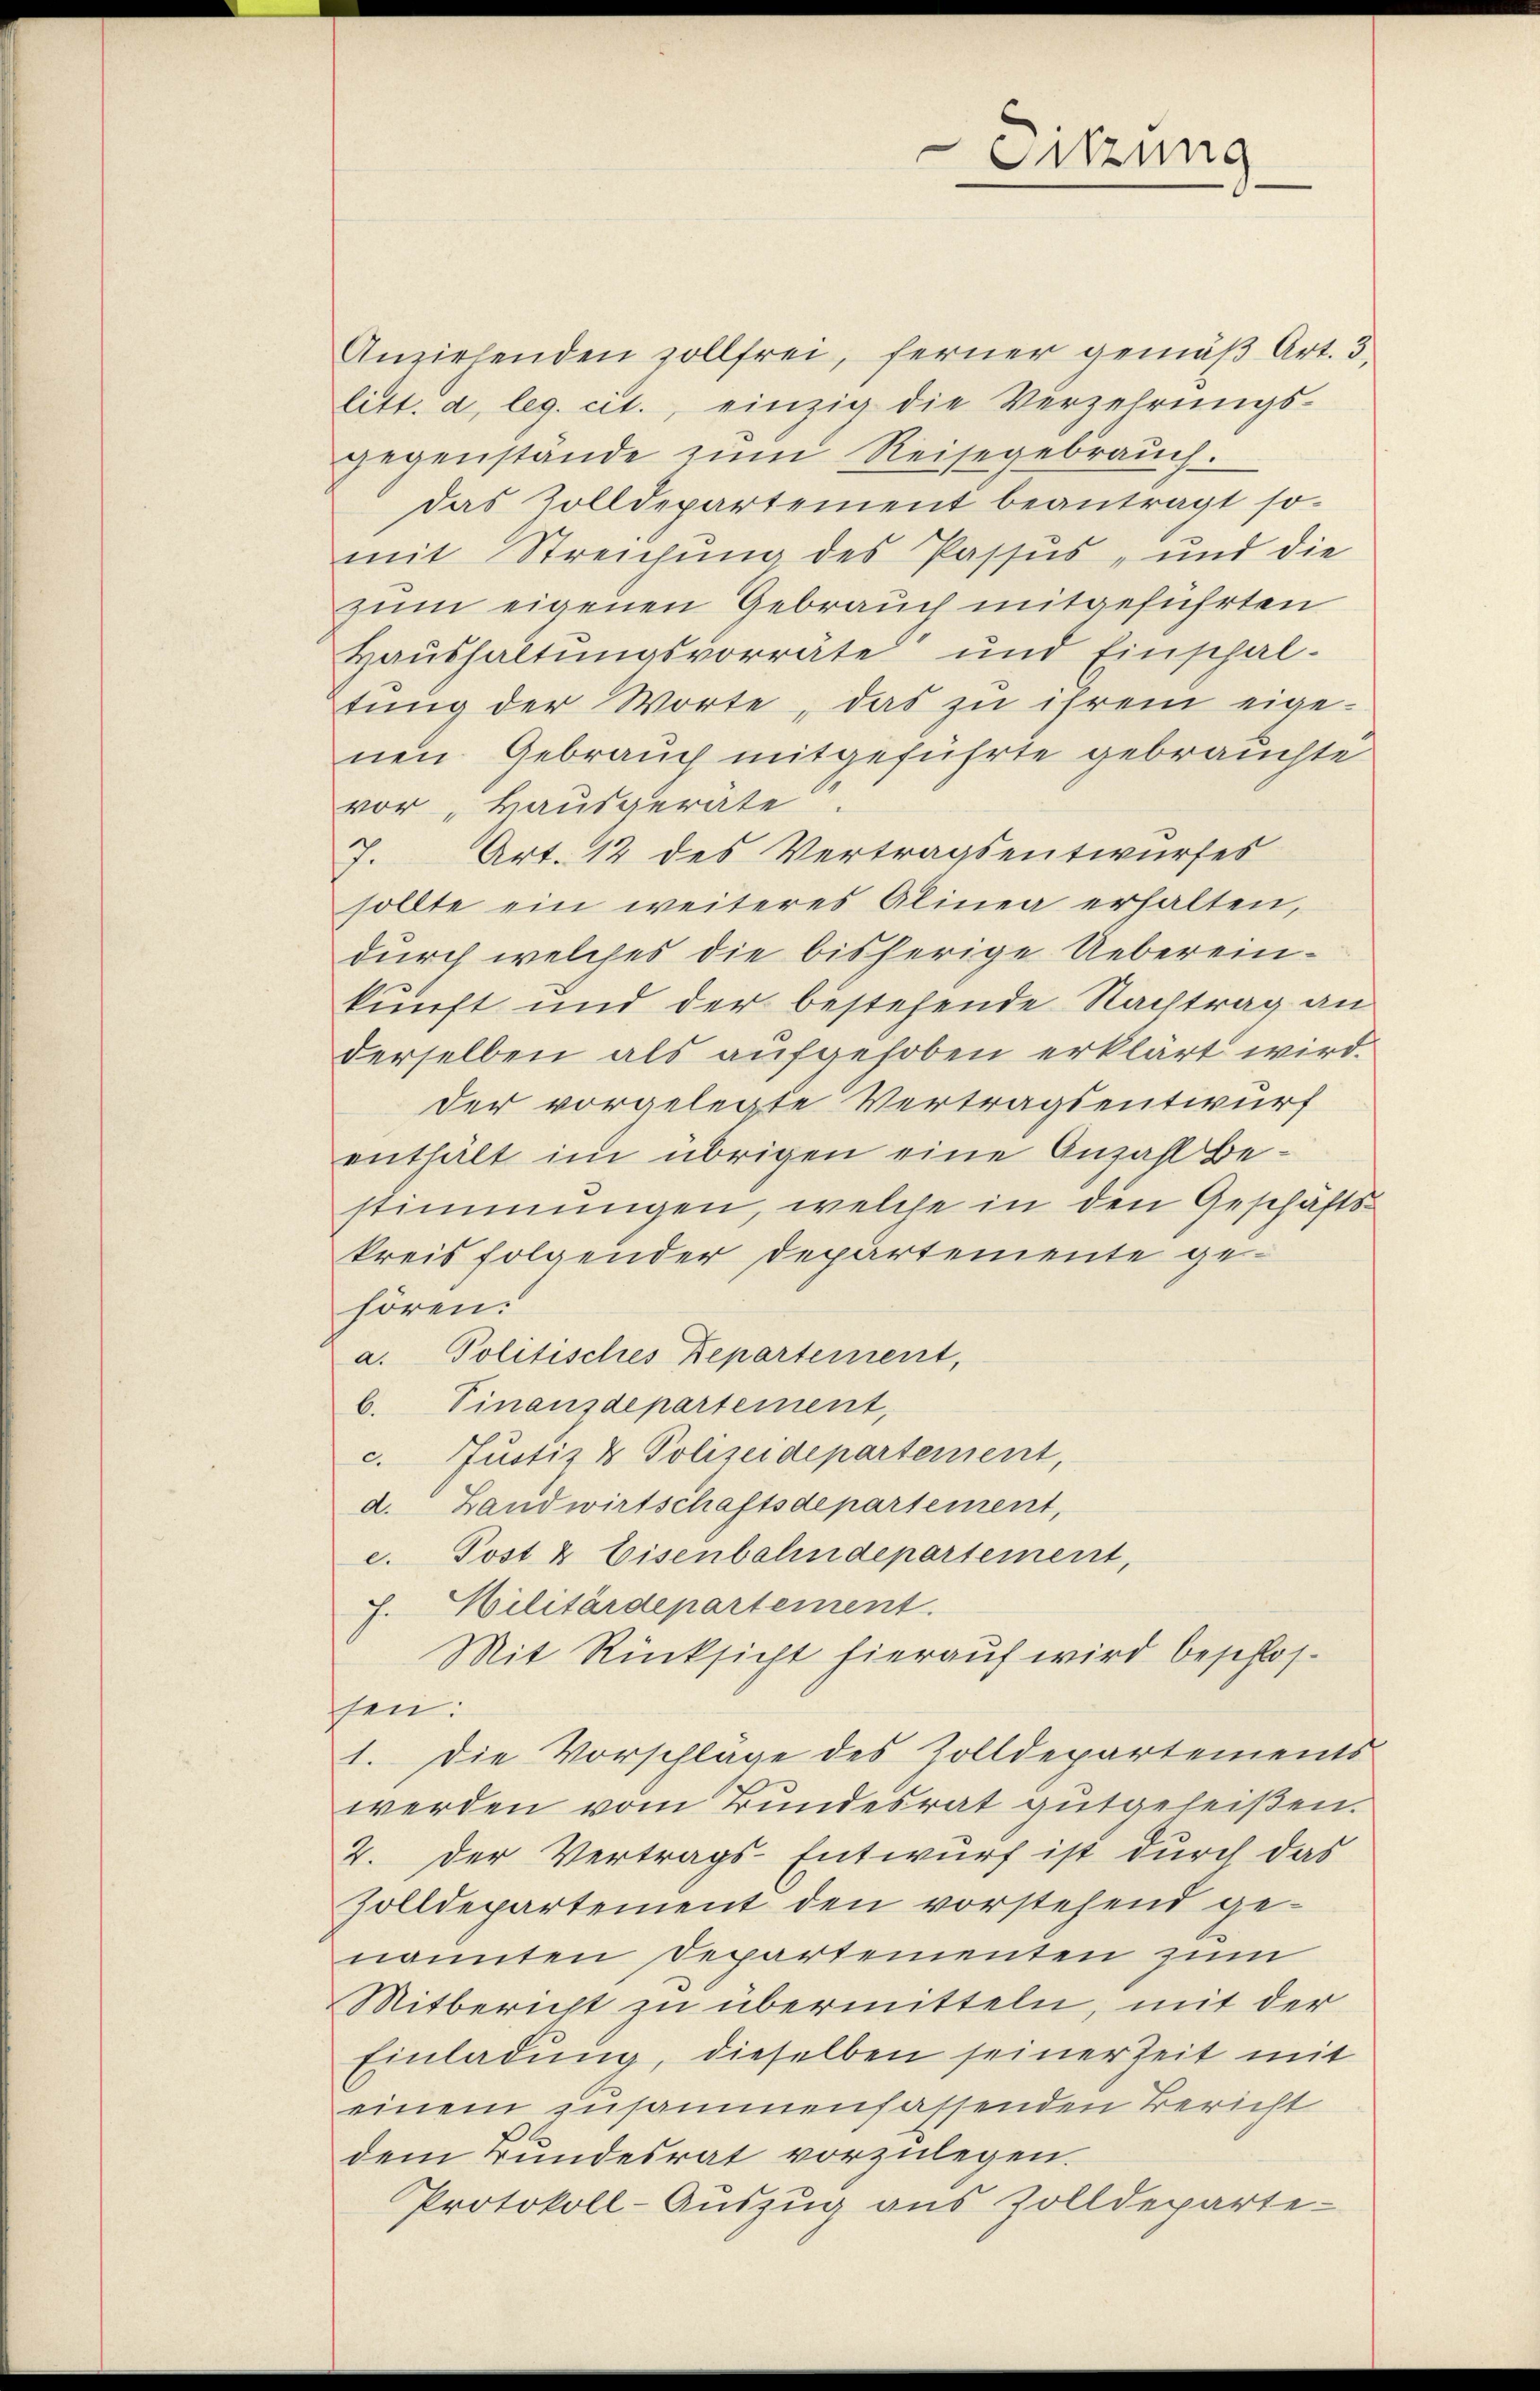
Sitzung

Anziehenden sollfrei, ferner gemäβ Art. 3.
litt. a, leg. cit., einzig die Verzehrŭngs-
gegenstände zum Reisegebrauch:
das Zolldepartement beantragt so
mit Streichung des Passus, und die
zum eigenen Gebrauch mitgeführten
Haushaltungsvorräte und Einschal-
tŭng der Worte, das zu ihrem eige-
nen Gebrauch mitgeführte gebrauchte
vor „Hausgeräte.
7. Art. 12 des Vertragsentwurfes
sollte ein weiteres Alinea erhalten,
durch welches die bisherige Ueberein-
kunft und der bestehende Nachtrag an
derselben als aufgehoben erklärt wird.
der vorgelegte Vertragsentwurf
enthält im übrigen eine Anzahl bestimmungen, welche in den Geschäftskreis folgender Departemente gehören:
a. Politisches Departement,
b. Finanzdepartement,
c. Justiz & Polizeidepartement,
d. Landwirtschaftsdepartement,
e. Post & Eisenbahndepartement,
F. Militärdepartement
Mit Rücksicht hierauf wird beschlossen:
1. Die Vorschläge des Zolldepartements
werden vom Bundesrat gutgeleisen.
2. Der Vertrags-Entwurf ist durch das
Zolldepartement den vorstehend genannten Departementen zum
Mitbericht zu übermitteln, mit der
Einladung, dieselben seiner Zeit mit
einem zusammenfassenden Bericht
dem Bundesrat vorzulegen.
Protokoll-Auszug aus Zolldeparte-